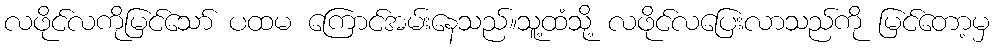
လဖိုင်လကိုမြင်သော် ပထမ ကြောင်အမ်းနေသည်။သူ့ထံသို့ လဖိုင်လပြေးလာသည်ကို မြင်တော့မှ